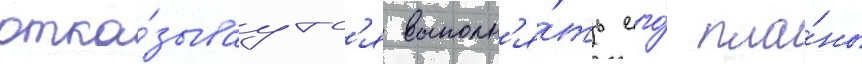
отка́зываутс'я выполн'я́ть его́ пла́ны